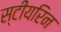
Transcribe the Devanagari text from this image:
स्टीयरिन